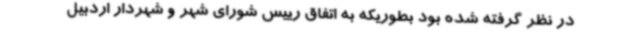
در نظر گرفته شده بود بطوریکه به اتفاق رییس شورای شهر و شهردار اردبیل